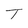
Character: T